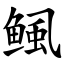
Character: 鲺